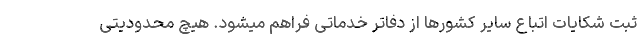
ثبت شکایات اتباع سایر کشورها از دفاتر خدماتی فراهم میشود. هیچ محدودیتی